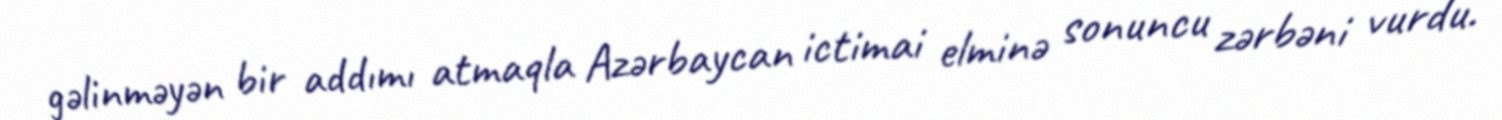
gəlinməyən bir addımı atmaqla Azərbaycan ictimai elminə sonuncu zərbəni vurdu.